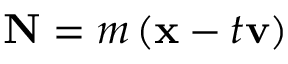
\mathbf { N } = m \left( \mathbf { x } - t \mathbf { v } \right)